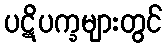
ပဋိပက္ခများတွင်